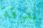
بفرقة